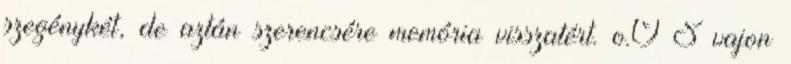
szegénykét, de aztán szerencsére memória visszatért. o.O S vajon